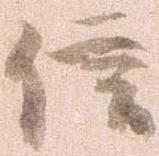
信